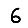
Digit: 6